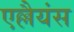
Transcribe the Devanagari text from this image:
एल्लैयंस